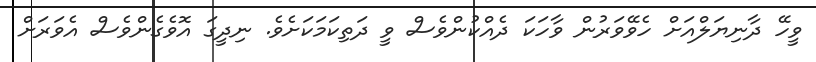
ވީހޭ ދާނިޔަލްއަށް ހެވޭވަރުން ވާހަކަ ދެއްކުންވެސް ވީ ދަތިކަމަކަށެވެ. ނިދީގަ އޮވެގެންވެސް އެވަރަށް